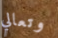
وتعالي